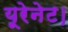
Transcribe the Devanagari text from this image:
यूरेनेट।